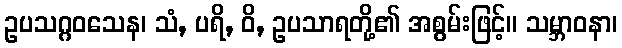
ဥပသဂ္ဂဝသေန၊ သံ, ပရိ, ဝိ, ဥပသာရတို့၏ အစွမ်းဖြင့်။ သမ္ဘာဝနာ၊